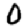
Digit: 0